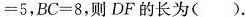
= 5$$，$$B C = 8$$，则DF的长为( ).